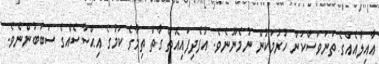
ޢާއިލާއެއްގެ ތަނަވަސްކަން ހުރުމަކުން ނުމެނޫނެވެ. އުފެދިފައިއޮތް ގާތް ތިމާގެ ކަމުގެ އިޙްސާސެއްގެ ސަބަބުންނެވެ.